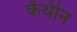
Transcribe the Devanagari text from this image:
केंथीन